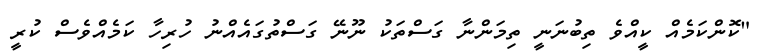
"ކޮންކަމެއް ކީއްވެ ތިބުނަނީ ތިމަންނާ ގަސްތަކު ނޫނޭ ގަސްތުގައެއްނު ހުރިހާ ކަމެއްވެސް ކުރީ